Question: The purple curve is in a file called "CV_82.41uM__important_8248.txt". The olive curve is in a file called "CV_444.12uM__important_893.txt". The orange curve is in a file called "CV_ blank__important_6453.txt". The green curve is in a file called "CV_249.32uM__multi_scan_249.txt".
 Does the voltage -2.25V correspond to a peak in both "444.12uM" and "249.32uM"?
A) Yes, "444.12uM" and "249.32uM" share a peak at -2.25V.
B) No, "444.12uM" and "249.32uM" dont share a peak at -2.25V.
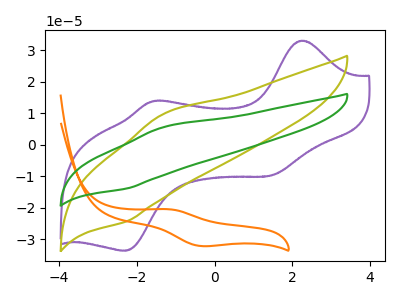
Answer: <think>The purple curve "82.41uM" has anodic peaks at (2.25V, 33.10uA) (-1.60V, 13.85uA) and cathodic peaks at (1.45V, -9.80uA) (-2.30V, -33.70uA). The olive curve "444.12uM" has an anodic peak at (-1.30V, 9.80uA) and a cathodic peak at (-2.25V, -24.35uA). The orange curve " blank" has an anodic peak at (-1.20V, -20.50uA) and a cathodic peak at (-0.35V, -32.25uA). The green curve "249.32uM" has an anodic peak at (-1.30V, 5.60uA) and a cathodic peak at (-2.25V, -13.90uA).</think>
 <answer>A) Yes, "444.12uM" and "249.32uM" share a peak at -2.25V.</answer>
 <eval>A</eval>